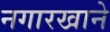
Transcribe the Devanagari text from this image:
नगारखाने